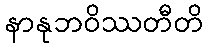
နာနုဘဝိဿတီတိ